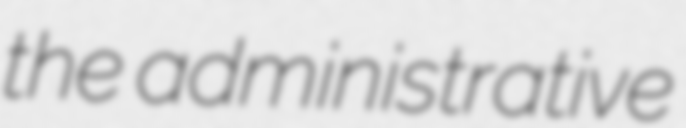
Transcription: the administrative